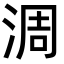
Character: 淍